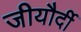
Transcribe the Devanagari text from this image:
जीयौर्दी